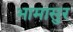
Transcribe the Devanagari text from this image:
भामासुर